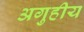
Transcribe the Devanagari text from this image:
अगुहीय